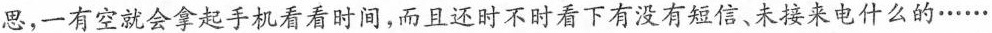
思，一有空就会拿起手机看着时间，而且还时不时看下有没有短信、未接来电什么的……